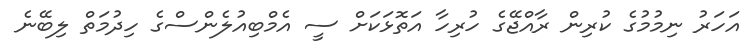
އަހަރު ނިމުމުގެ ކުރިން ރާއްޖޭގެ ހުރިހާ އަތޮޅަކަށް ސީ އެމްބިއުލެންސްގެ ހިދުމަތް ލިބޭނެ